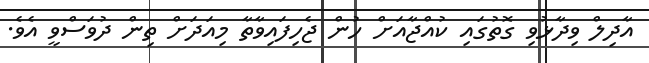
އާދިލް ވިދާޅުވި ގޮތުގައި ކުއްޖާއަށް ހުން ޖެހިފައިވާތާ މިއަދަށް ތިން ދުވަސްވީ އެވެ.